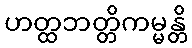
ဟတ္ထဘတ္တိကမ္မန္တိ